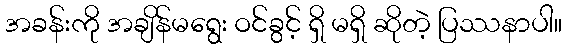
အခန်းကို အချိန်မရွေး ဝင်ခွင့် ရှိ မရှိ ဆိုတဲ့ ပြဿနာပါ။